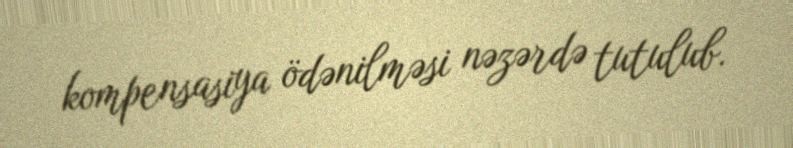
kompensasiya ödənilməsi nəzərdə tutulub.